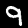
Digit: 9